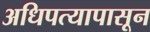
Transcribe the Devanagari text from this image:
अधिपत्यापासून